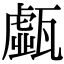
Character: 𤮆